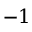
- 1